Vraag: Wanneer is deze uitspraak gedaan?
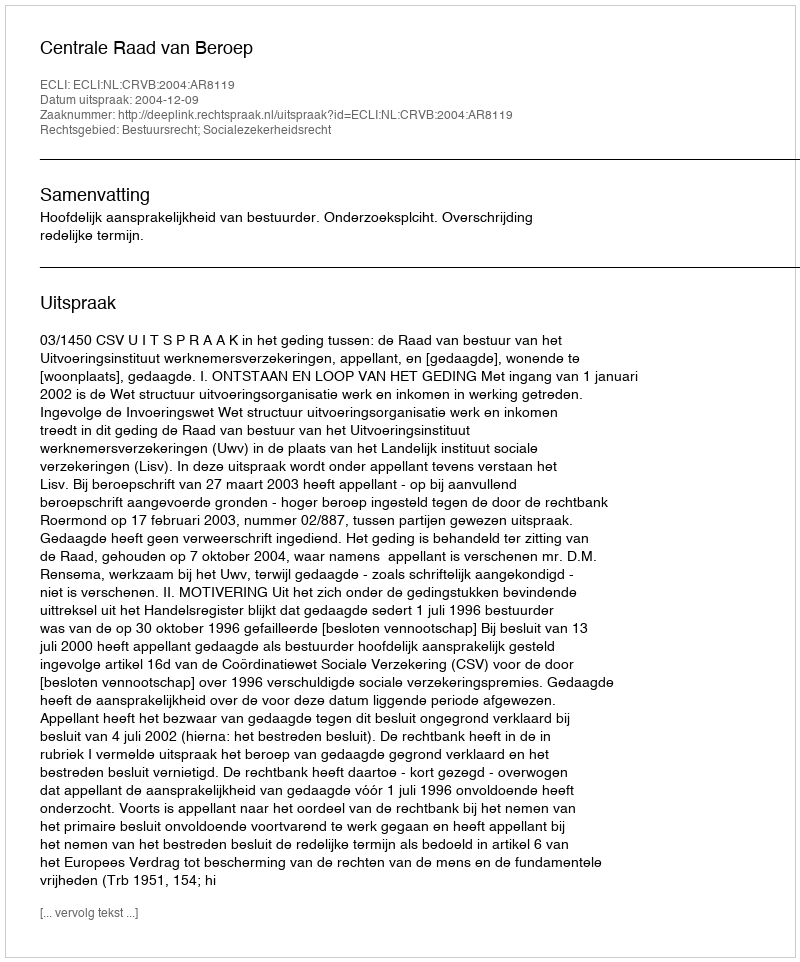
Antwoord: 2004-12-09